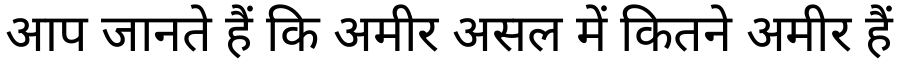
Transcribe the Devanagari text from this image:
आप जानते हैं कि अमीर असल में कितने अमीर हैं